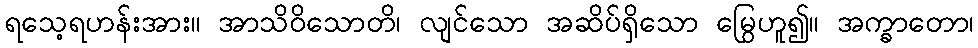
ရသေ့ရဟန်းအား။ အာသိဝိသောတိ၊ လျင်သော အဆိပ်ရှိသော မြွေဟူ၍။ အက္ခာတော၊